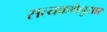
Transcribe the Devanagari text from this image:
सत्यकथेनुसार